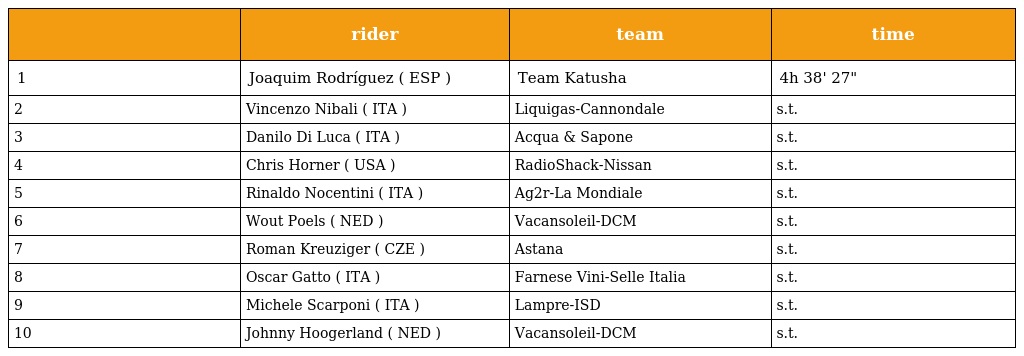
|  | rider | team | time |
 | --- | --- | --- | --- |
 | 1 | Joaquim Rodríguez ( ESP ) | Team Katusha | 4h 38' 27" |
 | 2 | Vincenzo Nibali ( ITA ) | Liquigas-Cannondale | s.t. |
 | 3 | Danilo Di Luca ( ITA ) | Acqua & Sapone | s.t. |
 | 4 | Chris Horner ( USA ) | RadioShack-Nissan | s.t. |
 | 5 | Rinaldo Nocentini ( ITA ) | Ag2r-La Mondiale | s.t. |
 | 6 | Wout Poels ( NED ) | Vacansoleil-DCM | s.t. |
 | 7 | Roman Kreuziger ( CZE ) | Astana | s.t. |
 | 8 | Oscar Gatto ( ITA ) | Farnese Vini-Selle Italia | s.t. |
 | 9 | Michele Scarponi ( ITA ) | Lampre-ISD | s.t. |
 | 10 | Johnny Hoogerland ( NED ) | Vacansoleil-DCM | s.t. |